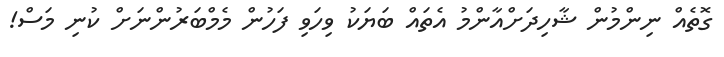
ގޮތެއް ނިންމުން ޝާހިދަށްއާންމު އެތައް ބަޔަކު ވިހަވި ފަހުން މެމްބަރުންނަށް ކުނި މަސް!